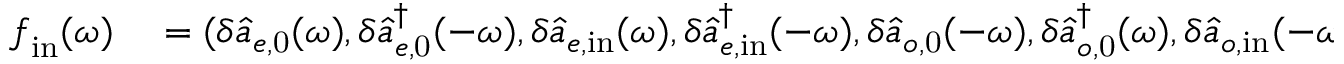
\begin{array} { r l } { \boldsymbol { f } _ { \mathrm { i n } } ( \omega ) } & { { } = ( \delta \hat { a } _ { e , \mathrm { 0 } } ( \omega ) , \delta \hat { a } _ { e , \mathrm { 0 } } ^ { \dagger } ( - \omega ) , \delta \hat { a } _ { e , \mathrm { i n } } ( \omega ) , \delta \hat { a } _ { e , \mathrm { i n } } ^ { \dagger } ( - \omega ) , \delta \hat { a } _ { o , \mathrm { 0 } } ( - \omega ) , \delta \hat { a } _ { o , \mathrm { 0 } } ^ { \dagger } ( \omega ) , \delta \hat { a } _ { o , \mathrm { i n } } ( - \omega ) , \delta \hat { a } _ { o , \mathrm { i n } } ^ { \dagger } ( \omega ) , } \end{array}